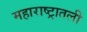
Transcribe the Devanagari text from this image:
महाराष्ट्रातली